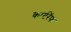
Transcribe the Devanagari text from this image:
कार्टरॅफ